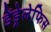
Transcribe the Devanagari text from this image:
डेंड्रेलेफिस